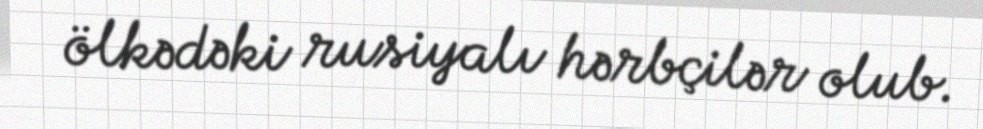
ölkədəki rusiyalı hərbçilər olub.